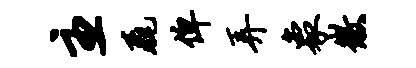
主毳俾弄象徽